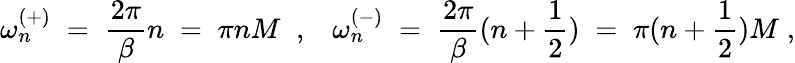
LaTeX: \omega_{n}^{(+)}\; =\; \frac{2\pi}{\beta}n\; =\; \pi nM\; \; ,\; \; \; \omega_{n}^{(-)}\; =\; \frac{2\pi}{\beta}(n+\frac{1}{2})\; =\; \pi(n+\frac{1}{2})M\; ,